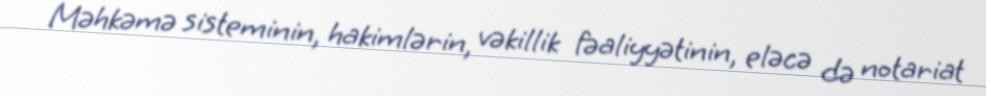
Məhkəmə sisteminin, hakimlərin, vəkillik fəaliyyətinin, eləcə də notariat